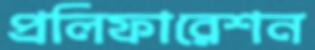
প্রলিফারেশন